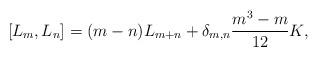
LaTeX: \begin{align*}[L_{m},L_{n}] = (m-n)L_{m+n}+\delta_{m,n}\frac{m^3-m}{12}K,\end{align*}